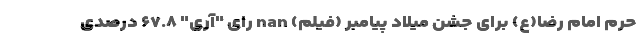
حرم امام رضا(ع) برای جشن میلاد پیامبر (فیلم) nan رای "آری" ۶۷.۸ درصدی